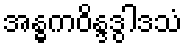
အန္ဓကဝိန္ဒဒွါဒသံ